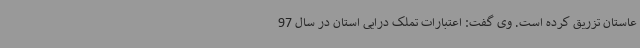
عاستان تزریق کرده است. وی گفت: اعتبارات تملک درایی استان در سال 97